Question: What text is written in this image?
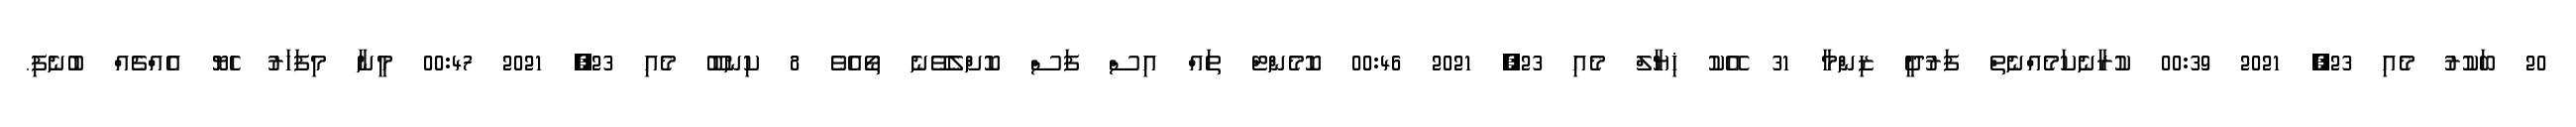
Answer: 20 ބަކުރު މެއި 23, 2021 00:39 ކުރާނެކަމެއްނެތް ފަރުދީ ޒިންމާ 31 އޭކު ޚިޔާލް މެއި 23, 2021 00:46 ކޮމެންޓް ތައް އިސް ފަސް ކޮށްލެވޭނެ ތޯއެވެ 8 ކިނބޫ މެއި 23, 2021 00:47 މީނާ މިފަހަރު ހެޔޮ އެއްޗެއް ބުނެފި.